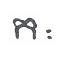
កៈ